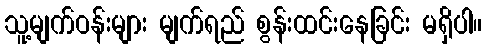
သူ့မျက်ဝန်းများ မျက်ရည် စွန်းထင်းနေခြင်း မရှိပါ။